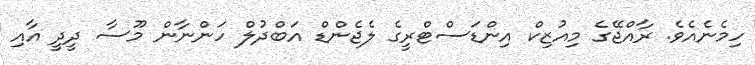
ހިމެނެއެވެ. ރާއްޖޭގެ މިއުޒިކް އިންޑަސްޓްރީގެ ލެޖެންޑް އަބްދުލް ހަންނާން މޫސާ ދީދީ އާއި